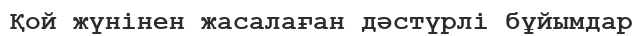
Қой жүнінен жасалаған дәстүрлі бұйымдар